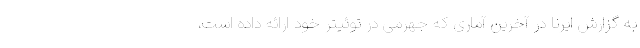
به گزارش ایرنا در آخرین آماری که جهرمی در توئیتر خود ارائه داده است،